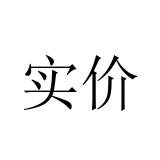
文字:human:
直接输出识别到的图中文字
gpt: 实价